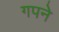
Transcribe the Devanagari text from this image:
गपने